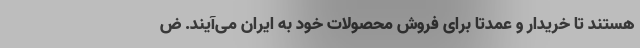
هستند تا خریدار و عمدتا برای فروش محصولات خود به ایران می‌آیند. ض